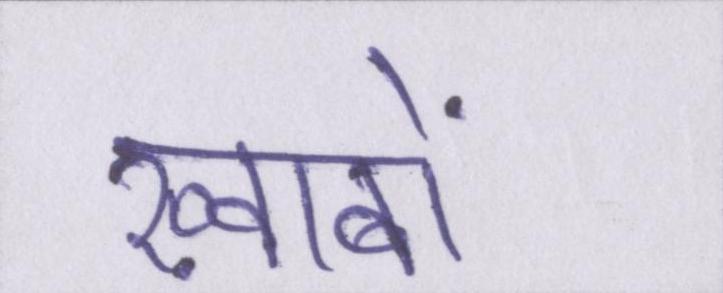
ख़्वाबों